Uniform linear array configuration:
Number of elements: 24
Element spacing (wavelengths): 0.75
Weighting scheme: blackman
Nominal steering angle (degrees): -45
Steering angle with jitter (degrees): -44.54
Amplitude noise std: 0.05
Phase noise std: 0.05

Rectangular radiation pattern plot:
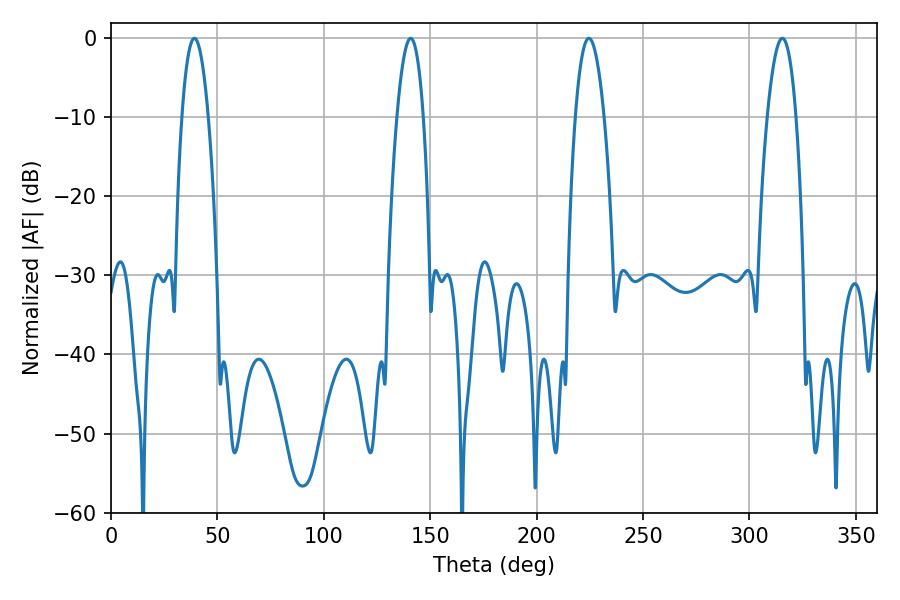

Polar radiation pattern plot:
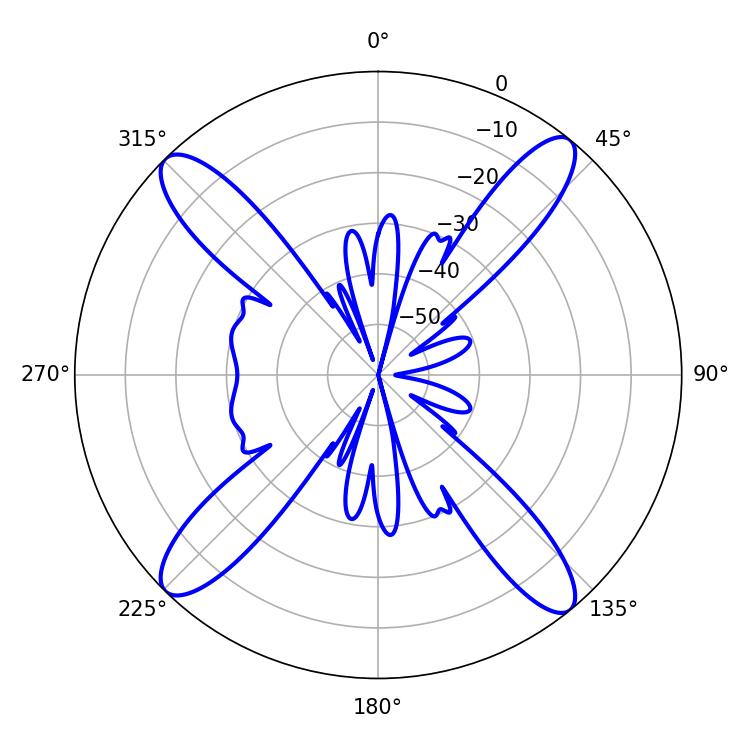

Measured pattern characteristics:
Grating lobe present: TRUE
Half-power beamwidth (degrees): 6.84
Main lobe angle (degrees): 39.24